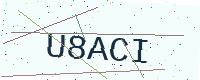
Text: U8ACI